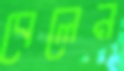
বেলেন